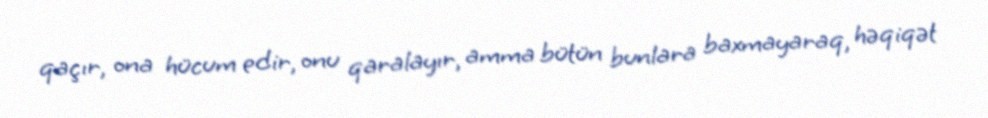
qaçır, ona hücum edir, onu qaralayır, amma bütün bunlara baxmayaraq, həqiqət